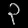
Digit: ၃